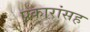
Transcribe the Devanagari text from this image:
प्रकारांसह